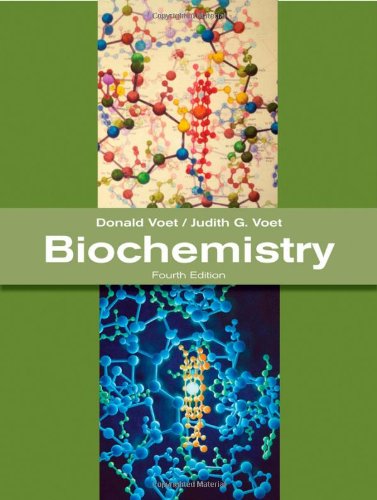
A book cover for Biochemistry, 4th Edition; Donald Voet; Engineering & Transportation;